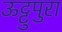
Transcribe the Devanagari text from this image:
ऊट्टुपुरा